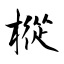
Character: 樅